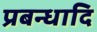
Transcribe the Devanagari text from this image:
प्रबन्धादि